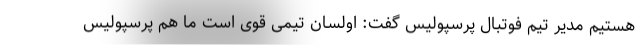
هستیم مدیر تیم فوتبال پرسپولیس گفت: اولسان تیمی قوی است ما هم پرسپولیس